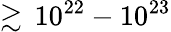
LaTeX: \gtrsim\, 10^{22}-10^{23}